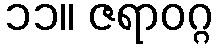
၁၁။ ဇရာဝဂ္ဂ